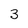
Character: 3